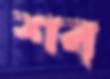
শব্